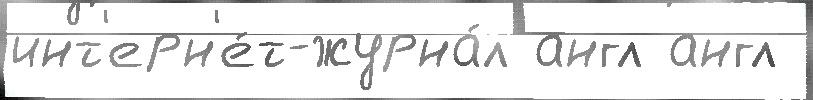
инт'ерн'е́т-журна́л англ англ